Vaccine operations Central Provinces & Berar 1912-1920 - 1912-1920
Year: 1912
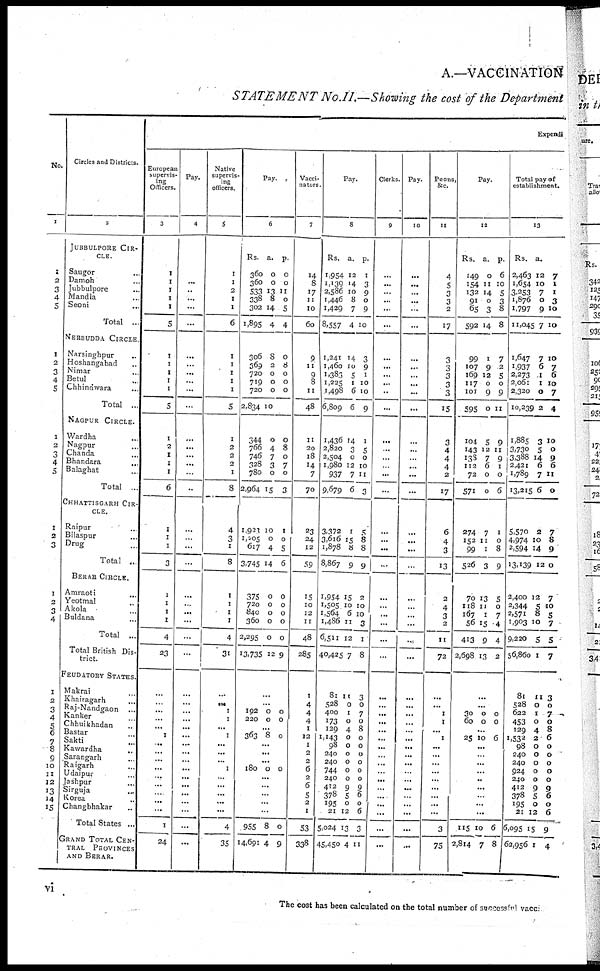
A.—VACCINATION
STATEMENT No.II.—Showing the cost of the Department
No.
1
1
2
3
4
5
1
2
3
4
5
1
2
3
4
5
1
2
3
1
2
3
4
1
2
3
4
5
6
7
8
9
10
11
12
13
14
15
Circles and Districts.
2
JUBBULPORE CIR-
---.
Saugor ...
Damoh ...
Jubbulpore ...
Mandla ...
Seoni ...
Total ...
NERBUDDA CIRCLE.
Narsinghpur ...
Hoshangabad ...
Nimar ...
Betul ...
Chhindwara ...
Total ...
NAGPUR CIRCLE.
Wardha ...
Nagpur ...
Chanda ...
Bhandara
...
Balaghat ...
Total ...
CHHATTISGARH CIR-
CLE.
Raipur ...
Bilaspur ...
Drug ...
Total ...
BERAR CIRCLE.
Amraoti ...
Yeotmal ...
Akola ...
Buldana ...
Total ...
Total British Dis-
trict.
FEUDATORY STATES.
Makrai ...
Khairagarh ...
Raj-Nandgaon ...
Kanker ...
Chhuikhadan ...
Bastar ...
Sakti ...
Kawardha ...
Sarangarh ...
Raigarh ...
Udaipur ...
Jashpur ...
Sirguja ...
Korea ...
Changbhakar ...
Total States ...
GRAND TOTAL CEN¬
TRAL PROVINCES
AND BERAR.
Expendi
European
supervis-
ing
Officers.
3
1
1
1
1
1
5
1
1
1
1
1
5
1
2
1
1
1
6
1
1
1
3
1
1
1
1
4
23
...
...
...
...
...
1
...
...
...
...
...
...
...
...
...
1
24
Pay.
4
...
...
..
...
...
...
...
...
...
...
...
...
...
...
...
...
...
..
...
...
...
...
...
...
...
...
...
...
...
...
...
...
...
...
...
...
...
...
...
...
...
...
...
...
...
Native
supervis-
ing
officers.
5
1
1
2
1
1
6
1
1
1
1
1
5
1
2
2
2
1
8
4
3
1
8
1
1
1
1
4
31
...
...
1
1
...
1
...
...
...
1
...
...
...
...
...
4
35
Pay.
6
Rs.
360
360
533
338
302
1,895
a.
0
0
11
8
14
4
p.
0
0
11
0
5
4
306
369
720
719
720
2,834
8
2
0
0
0
10
0
8
0
0
0
344
766
746
328
780
2,964
0
4
7
3
0
15
0
8
0
7
0
3
1,923
1,205
617
3,745
10
0
4
14
1
0
5
6
375
720
840
360
2,295
13,735
0
0
0
0
0
12
0
0
0
0
0
9
...
...
192
220
0
0
0
0
...
363 8 0
...
...
...
180
0
0
...
...
...
...
...
955
14,691
8
4
0
9
Vacci-
nators.
7
14
8
17
11
10
60
9
11
9
8
11
48
11
20
18
14
7
70
23
24
12
59
15
10
12
11
48
285
1
4
4
4
1
12
1
2
2
6
2
6
5
2
1
53
338
Pay.
8
Rs.
1,954
1,139
2,586
1,446
1,429
8,557
a.
12
14
10
8
7
4
p.
1
3
9
0
9
10
1,241
1,460
1,383
1,225
1,498
6,809
14
10
5
1
6
6
3
9
1
10
10
9
1,436
2,820
2,504
1,980
937
9,679
14
3
0
12
7
6
1
5
0
10
11
3
3,372
3,616
1,878
8,867
1
15
8
9
5
8
8
9
1,954
1,505
1,564
1,486
6,511
40,425
15
10
6
11
12
7
2
10
10
3
1
8
81
528
400
173
129
1,143
98
240
240
744
240
412
378
195
21
5,024
45,450
11
0
1
0
4
0
0
0
0
0
0
9
5
0
12
13
4
3
0
7
0
8
0
0
0
0
0
0
9
6
0
6
3
11
Clerks.
9
...
...
...
...
...
...
...
...
...
...
...
...
...
...
...
...
...
...
...
...
...
...
...
...
...
...
...
...
...
...
...
...
...
...
...
...
...
...
...
...
...
...
...
...
...
Pay.
10
...
...
...
...
...
...
...
...
...
...
...
...
...
...
...
...
...
...
...
...
...
...
...
...
...
...
...
...
...
...
...
...
...
...
...
...
...
...
...
...
...
...
...
...
...
Peons,
&c.
11
4
5
3
3
2
17
3
3
3
3
3
15
3
4
4
4
2
17
6
4
3
13
2
4
3
2
11
72
...
...
1
1
...
1
...
...
...
...
...
...
...
...
...
3
75
Pay.
12
Rs.
149
154
132
91
65
592
a.
0
11
14
0
3
14
p.
6
10
5
3
8
8
99
107
169
117
101
595
1
9
12
0
9
0
7
2
5
0
9
11
104
143
138
112
72
571
5
12
7
6
0
0
9
11
9
1
0
6
274
152
99
526
7
11
1
3
1
0
8
9
70
118
167
56
413
2,698
13
11
1
15
9
13
5
0
7
4
4
2
...
...
30
60
0
0
0
0
...
25 10
6
...
...
...
...
...
...
...
...
...
115
2,814
10
7
6
8
Total pay of
establishment.
13
Rs.
2,463
1,654
3,253
1,876
1,797
11,045
a.
12
10
7
0
9
7
7
1
1
3
10
10
1,647
1,937
2,273
2,061
2,320
10,239
7
6
1
1
0
2
10
7
6
10
7
4
1,885
3,730
3,388
2,421
1,789
13,215
3
5
14
6
7
6
10
0
9
6
11
0
5,570
4,974
2,594
13,139
2
10
14
12
7
8
9
0
2,400
2,344
2,571
1,903
9,220
56,860
12
5
8
10
5
1
7
10
5
7
5
7
81
528
622
453
129
1,532
98
240
240
924
240
412
378
195
21
6,095
62,956
11
0
1
0
4
2
0
0
0
0
0
9
5
0
12
15
1
3
0
7
0
8
6
0
0
0
0
0
9
6 0
6
9
4
The cost has been calculated on the total number of successful vacci
vi